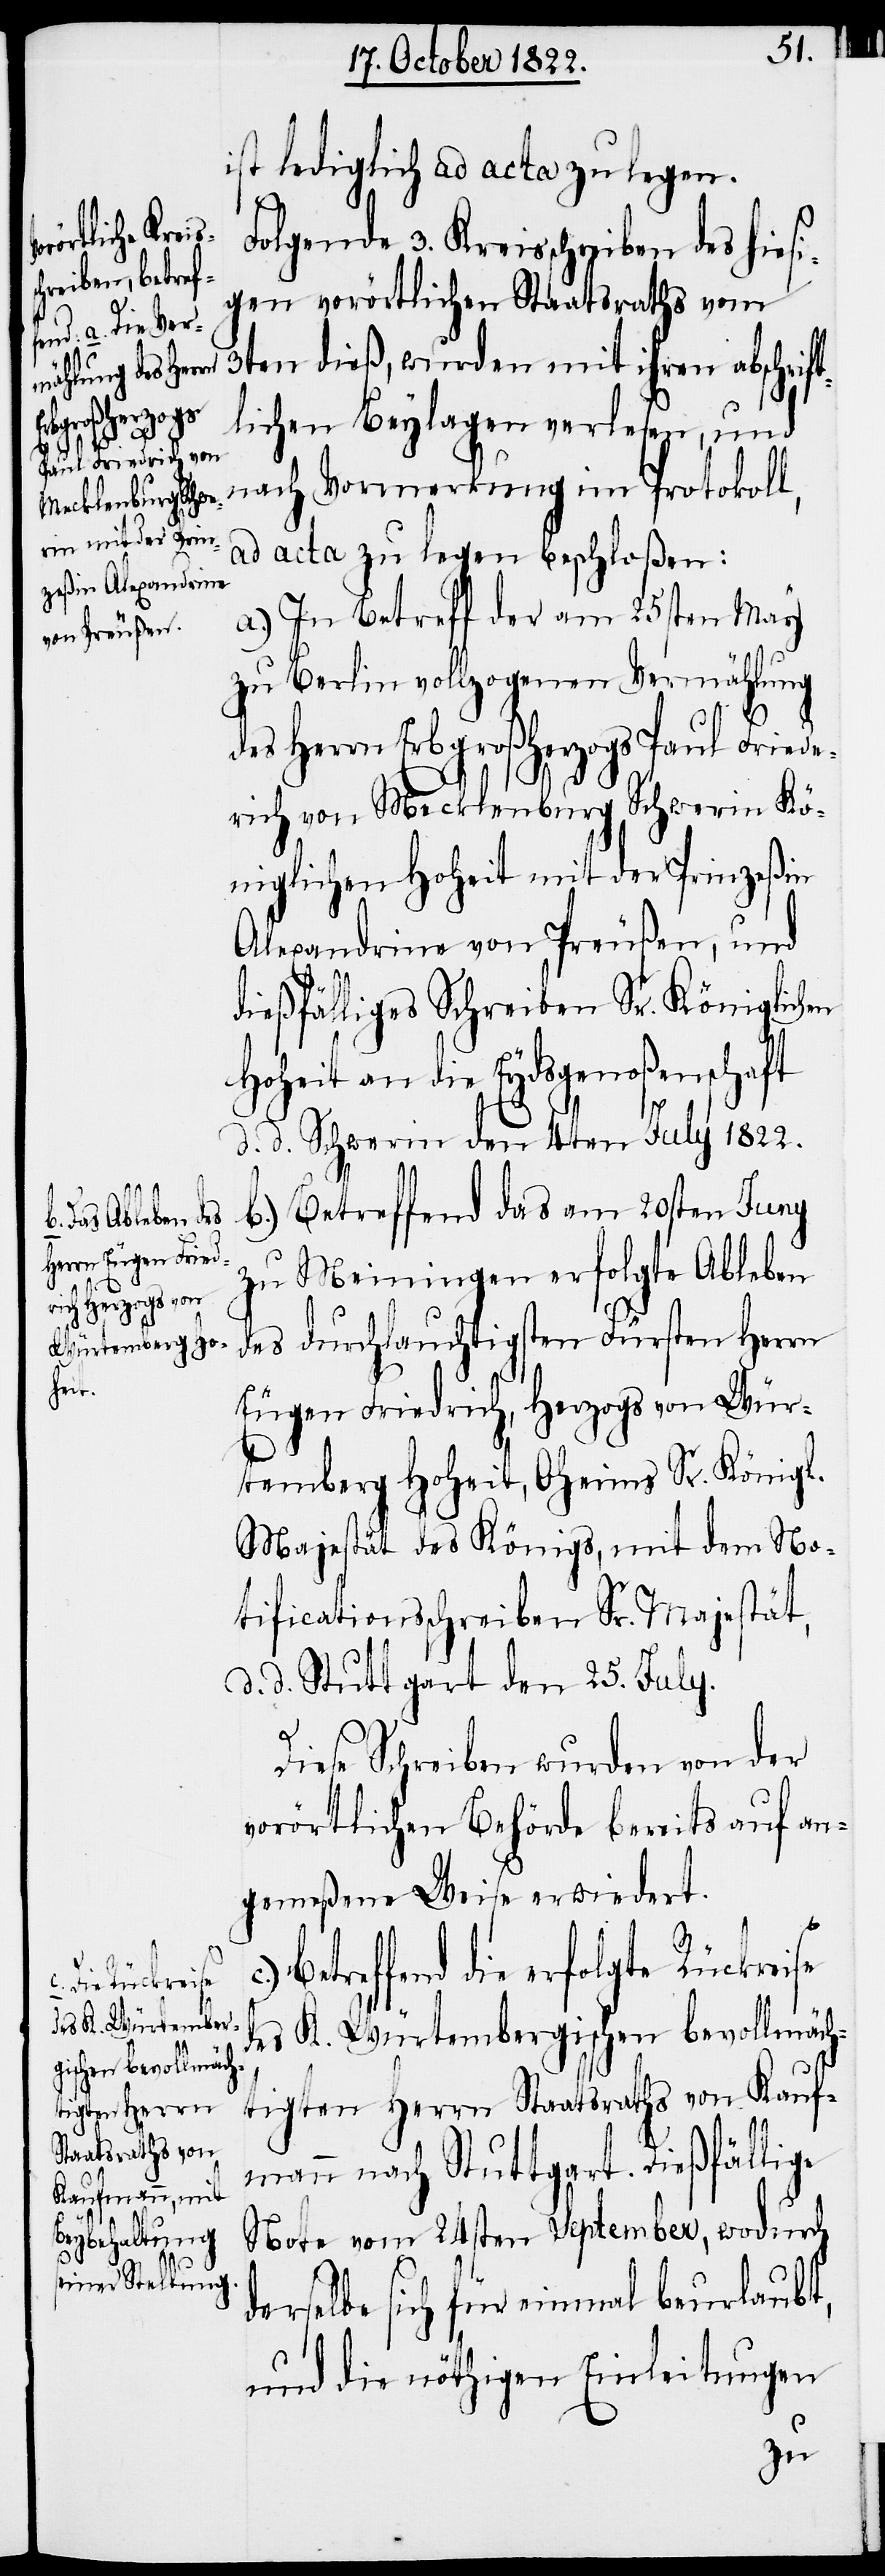
[Fortsetzung
B¬

ist lediglich ad acta zu legen.
Folgende 3. Kreisschreiben des hiesi¬
gen vorörtlichen Staatsraths vom
3ten dieß, wurden mit ihren abschrift¬
lichen Beylagen verlesen, und
nach Vormerkung im Protokoll,
ad acta zu legen beschloßen:
a.) In Betreff der am 25sten May
zu Berlin vollzogenen Vermählung
des Herrn Erbgroßherzogs Paul Friede¬
rich von Mecklenburg Schwerin Kö¬
niglichen Hoheit mit der Prinzeßin
Alexandrine von Preußen, und
dießfälliges Schreiben Sr. Königlichen
Hoheit an die Eydsgenoßenschaft
d. d. Schwerin den 4ten July 1822.
b.) Betreffend das am 20sten Juny
zu Meiningen erfolgte Ableben
des durchlauchtigsten Fürsten Herrn
Eugen Friedrich, Hezogs von Wür¬
temberg Hoheit, Oheims Sr. Königl.
Majestät des Königs, mit dem No¬
tificationsschreiben Sr. Majestät,
d. d. Stuttgart den 25. July.
Diese Schreiben wurden von der
vorörtlichen Behörde bereits auf an¬
gemeßene Weise erwiedert.
etreffend die erfolgte Rückreise
des K. Würtembergischen bevollmäch¬
tigten Herrn Staatsraths von Kauf¬
mann nach Stuttgart. Dießfällige
Note vom 24sten September, wodurch
derselbe sich für einmal beurlaubt,
und die nöthigen Einleitungen